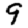
Digit: 9